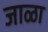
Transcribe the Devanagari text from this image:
जाळा